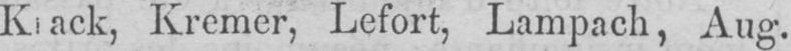
Kremer, Lefort, Lampach, Aug.